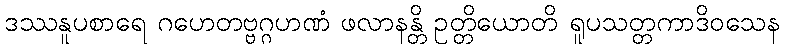
ဒဿနူပစာရေ ဂဟေတဗ္ဗဂ္ဂဟဏံ ဖလာနန္တိ ဥတ္တိယောတိ ရူပသတ္တကာဒိဝသေန